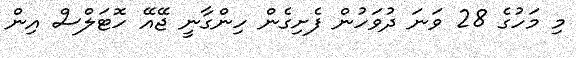
މި މަހުގެ 28 ވަނަ ދުވަހުން ފެށިގެން ހިންގާނީ ޖޭއޭ ހޮޓަލްސް އިން